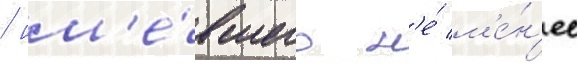
/ им'е́вшего н'е́ м'е́н'ее